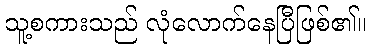
သူ့စကားသည် လုံလောက်နေပြီဖြစ်၏။